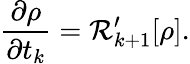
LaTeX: {\frac{\partial\rho}{\partial t_{k}}}={\cal R}_{k+1}^{\prime}[\rho].